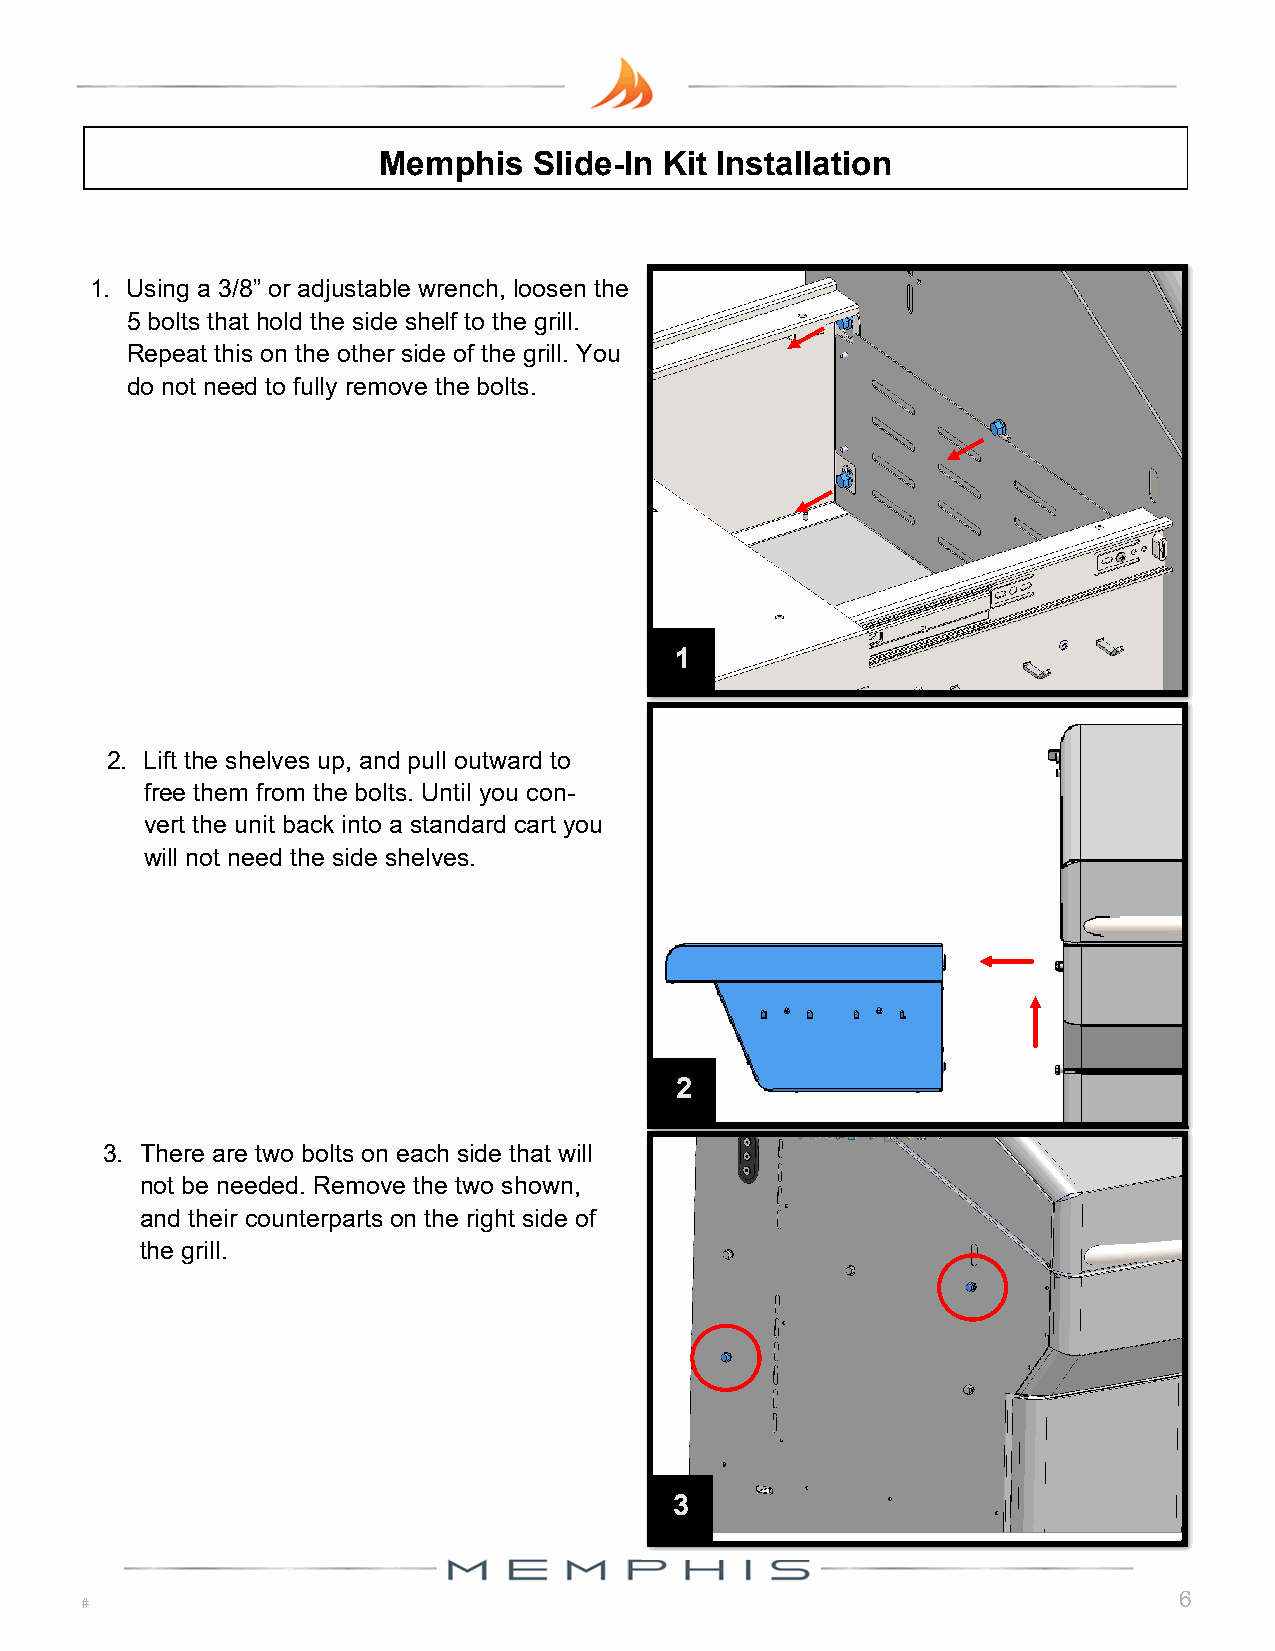
Memphis   Slide-In Kit Installation
 1. Using a 3/8” or adjustable wrench, loosen the
 5 bolts that hold the side shelf to the grill.
 Repeat this on the other side of the grill. You
 do not need to fully remove the bolts.
 1
 2. Lift the shelves up, and pull outward to
 free them from the bolts. Until you con-
 vert the unit back into a standard cart you
 will not need the side shelves.
 2
 3. There are two bolts on each side that will
 not be needed. Remove the two shown,
 and their counterparts on the right side of
 the grill.
 3
 6